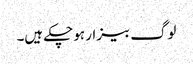
لوگ بیزار ہو چکے ہیں۔